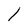
Character: 1